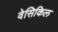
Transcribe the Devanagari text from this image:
वेसिकिल